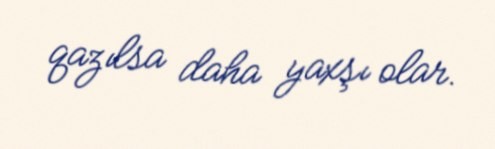
qazılsa daha yaxşı olar.